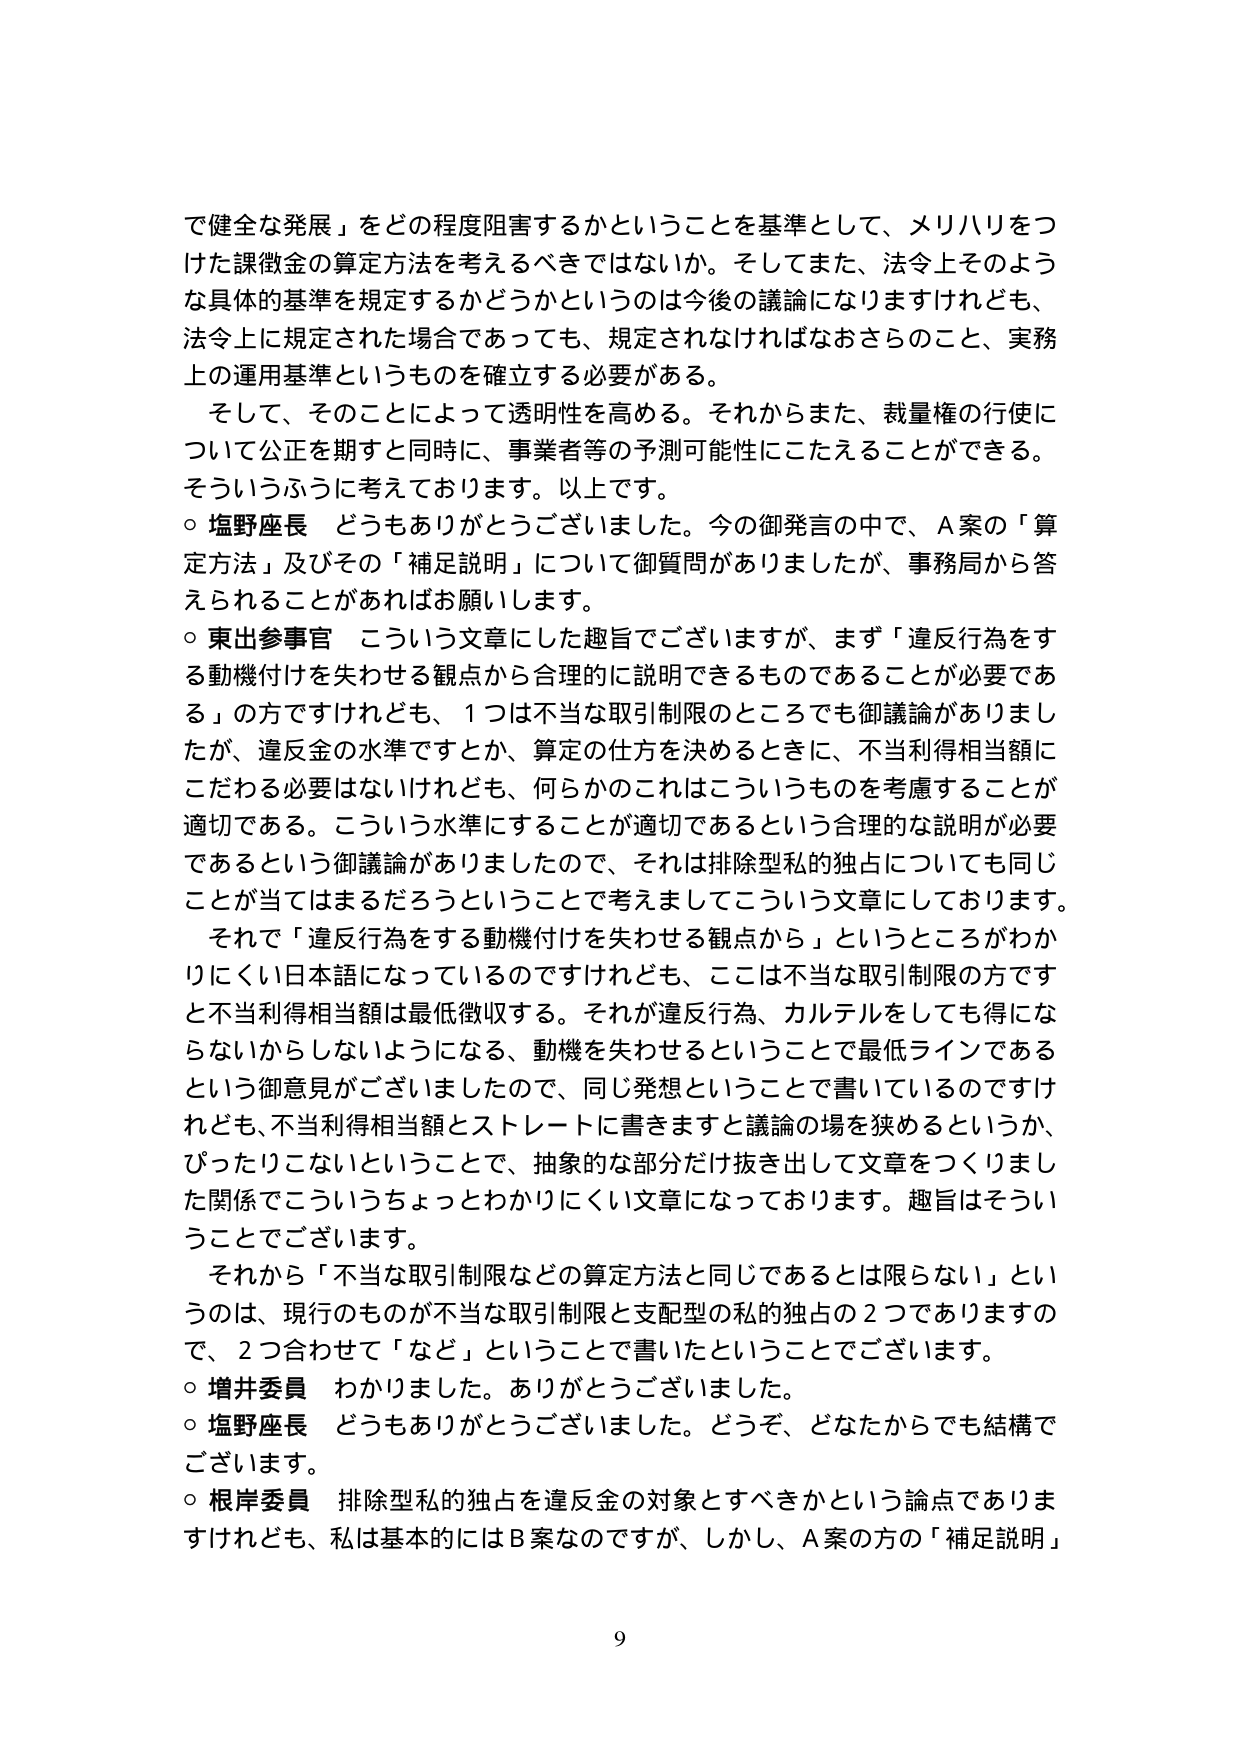
で健全な発展」をどの程度阻害するかということを基準として、メリハリをつ
けた課徴金の算定方法を考えるべきではないか。そしてまた、法令上そのよう
な具体的基準を規定するかどうかというのは今後の議論になりますけれども、
法令上に規定された場合であっても、規定されなければなおさらのこと、実務
上の運用基準というものを確立する必要がある。
そして、そのことによって透明性を高める。それからまた、裁量権の行使に
ついて公正を期すと同時に、事業者等の予測可能性にこたえることができる。
そういうふうに考えております。以上です。
○ 塩野座長 どうもありがとうございました。今の御発言の中で、A案の「算
定方法」及びその「補足説明」について御質問がありましたか、事務局から答
えられることがあればお願いします。
○ 東出参事官 こういう文章にした趣旨でございますが、まず「違反行為をす
る動機付けを失わせる観点から合理的に説明できるものであることが必要であ
る」の方ですけれども、1つは不当な取引制限のところでも御議論がありまし
たが、違反金の水準ですとか、算定の仕方を決めるときに、不当利得相当額に
こだわる必要はないけれども、何らかのこれはこういうものを考慮することが
適切である。こういう水準にすることが適切であるという合理的な説明が必要
であるという御議論がありましたので、それは排除型私的独占についても同じ
ことが当てはまるだろうということで考えましてこういう文章にしております。
それで「違反行為をする動機付けを失わせる観点から」というところがわか
りにくい日本語になっているのですけれども、ここは不当な取引制限の方です
と不当利得相当額は最低徴収する。それが違反行為、カルテルをしても得にな
らないからしないようになる、動機を失わせるということで最低ラインである
という御意見がございましたので、同じ発想ということで書いているのですけ
れども、不当利得相当額とストレートに書きますと議論の場を狭めるというか、
ぴったりこないということで、抽象的な部分だけ抜き出して文章をつくりまし
た関係でこういうちょっとわかりにくい文章になっております。趣旨はそうい
うことでございます。
それから「不当な取引制限などの算定方法と同じであるとは限らない」とい
うのは、現行のものが不当な取引制限と支配型の私的独占の2つでありますの
で、2つ合わせて「など」ということで書いたということでございます。
○ 増井委員 わかりました。ありがとうございました。
○ 塩野座長 どうもありがとうございました。どうぞ、どなたからでも結構で
ございます。
○ 根岸委員 排除型私的独占を違反金の対象とすべきかという論点でありま
すけれども、私は基本的にはB案なのですが、しかし、A案の方の「補足説明」
9